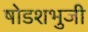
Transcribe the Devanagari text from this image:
षोडशभुजी